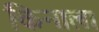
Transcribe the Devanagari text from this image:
किनाला